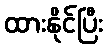
ထားနိုင်ပြီး